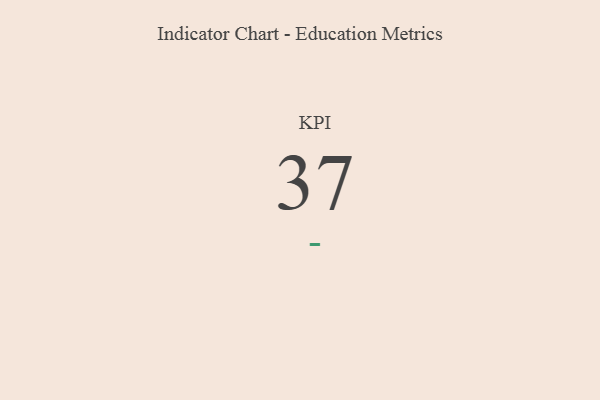
{"axis": {"x": "KPI", "y": "Value"}, "legend": [""], "data": [{"x": "KPI", "y": 37, "type": ""}]}